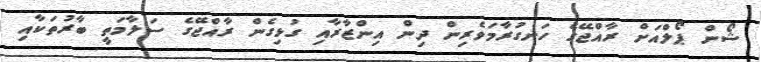
ޝޯން ޕޯލްއަށް ރާއްޖޭގެ ހަނގުރާމަވެރިން ދިން އިންޒާރާއި ގުޅިގެން ރާއްޖޭގެ ސަލާމަތީ ބާރުތަކާއި